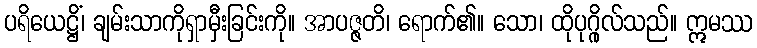
ပရိယေဋ္ဌိံ၊ ချမ်းသာကိုရှာမှီးခြင်းကို။ အာပဇ္ဇတိ၊ ရောက်၏။ သော၊ ထိုပုဂ္ဂိုလ်သည်။ ဣမဿ